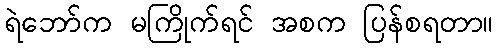
ရဲဘော်က မကြိုက်ရင် အစက ပြန်စရတာ။